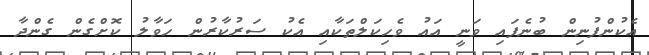
އެކުންފުނިން ބުނެފައި ވަނީ އައު ވެހިކަލްތަކާއި އެކު ސަރުކާރުން ހަވާލު ކޮށްގެން ގެންދާ